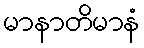
မာနာတိမာနံ